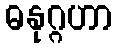
ဓနုဂ္ဂဟာ